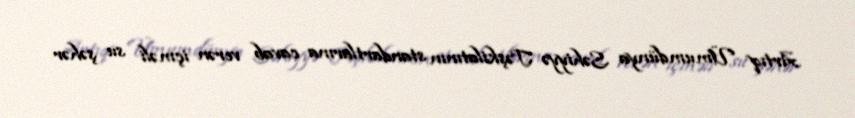
Artıq Ümumdünya Səhiyyə Təşkilatının standartlarına cavab verən içməli su şəhər